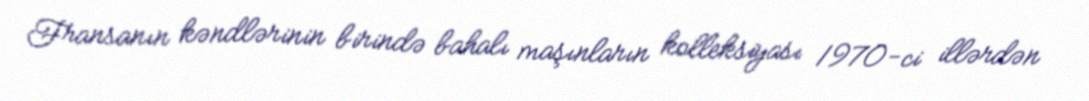
Fransanın kəndlərinin birində bahalı maşınların kolleksiyası 1970-ci illərdən